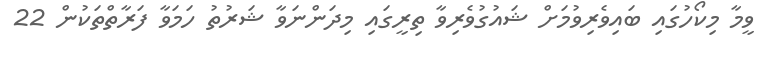
ވީމާ މިކޯހުގައި ބައިވެރިވުމަށް ޝައުގުވެރިވާ ތިރީގައި މިދަންނަވާ ޝަރުތު ހަމަވާ ފަރާތްތަކުން 22